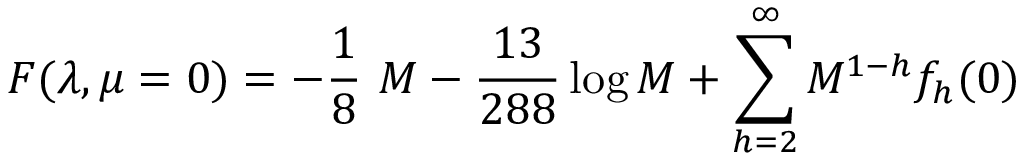
F ( \lambda , \mu = 0 ) = - { \frac { 1 } { 8 } } \ M - { \frac { 1 3 } { 2 8 8 } } \log M + \sum _ { h = 2 } ^ { \infty } M ^ { 1 - h } f _ { h } ( 0 )